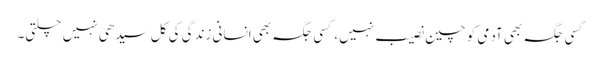
کسی جگہ بھی آدمی کو چین نصیب نہیں، کسی جگہ بھی انسانی زندگی کی کل سیدھی نہیں چلتی۔